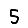
Digit: 5